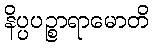
နိပ္ပပဉ္စာရာမောတိ